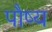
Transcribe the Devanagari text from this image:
पौष्य